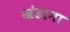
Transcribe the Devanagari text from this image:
खंडाना